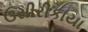
ઉસીરીકાયા